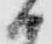
ハ